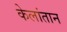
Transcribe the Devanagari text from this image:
केलांतान